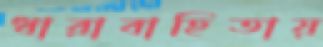
ধারাবাহিতায়